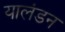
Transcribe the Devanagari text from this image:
यालंडन